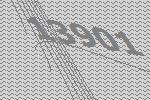
13901